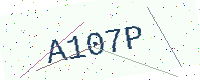
Text: A107P